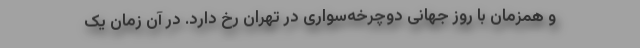
و همزمان با روز جهانی دوچرخه‌سواری در تهران رخ دارد. در آن زمان یک